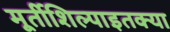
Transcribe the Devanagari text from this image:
मूर्तीशिल्पाइतक्या